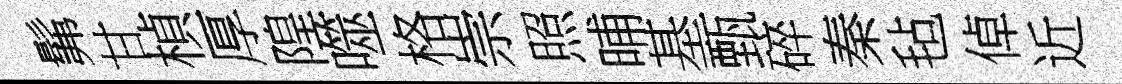
髴甘楨厚隍噬格崇照晡基甄碎秦毡倬近